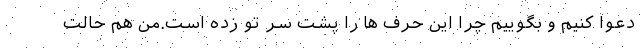
دعوا کنیم و بگوییم چرا این حرف ها را پشت سر تو زده است.من هم حالت